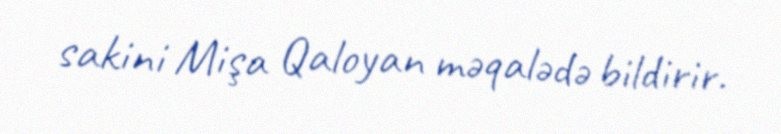
sakini Mişa Qaloyan məqalədə bildirir.